King Institute of Preventive Medicine Micro-Biological Section reports 1909-11
Year: 1909
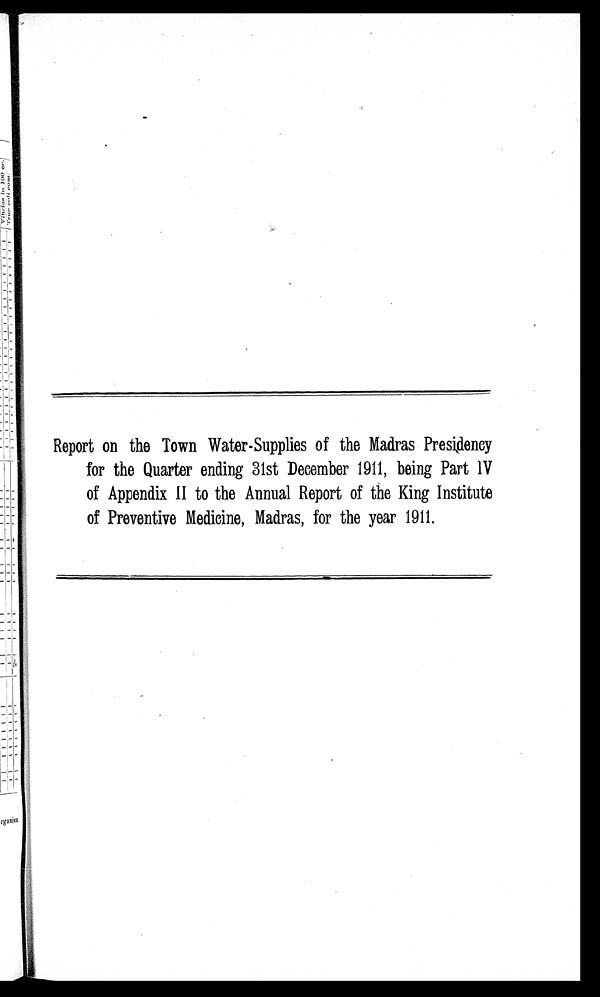
Report on the Town Water-Supplies of the Madras Presidency
for the Quarter ending 31st December 1911, being Part IV
of Appendix II to the Annual Report of the King Institute
of Preventive Medicine, Madras, for the year 1911.